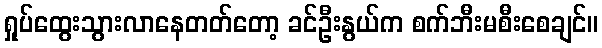
ရှုပ်ထွေးသွားလာနေတတ်တော့ ခင်ဦးနွယ်က စက်ဘီးမစီးစေချင်။